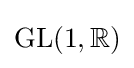
{\text{GL}}(1,\mathbb {R} )